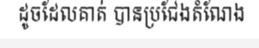
ដូចដែលគាត់ បានប្រជែងតំណែង